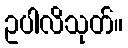
ဥပါလိသုတ်။